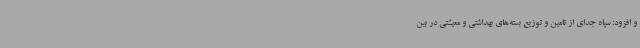
و افزود: سپاه جدای از تامین و توزیع بسته‌های بهداشتی و معیشتی در بین